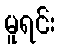
မူရင်း